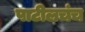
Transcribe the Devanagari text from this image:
पाटीलचंच